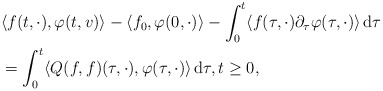
\begin{align*}&\langle f(t,\cdot), \varphi(t,v) \rangle - \langle f_0 , \varphi(0,\cdot)\rangle - \int_0^t \langle f(\tau, \cdot) \partial_{\tau}\varphi(\tau,\cdot)\rangle \, \mathrm{d}\tau \\&= \int_0^t \langle Q(f,f)(\tau, \cdot), \varphi(\tau,\cdot) \rangle \, \mathrm{d}\tau, t\geq 0,\end{align*}